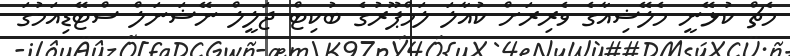
މެޗް ކުޅޭނީ މެލޭޝިއާގެ ވެރިރަށް ކުއާލަ ލަމްޕޫރުގެ ބުކިޓް ޖަލީލް ނޭޝަނަލް ސްޓޭޑިއަމުގަ